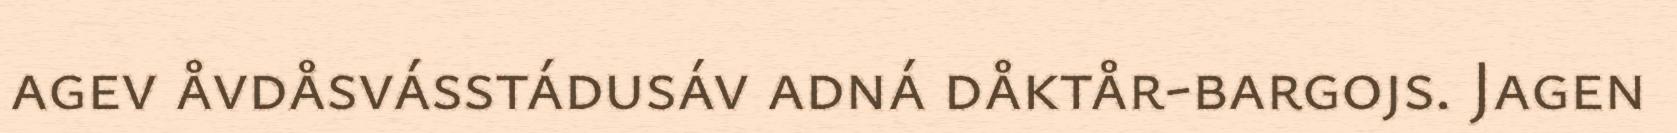
agev åvdåsvásstádusáv adná dåktår-bargojs. Jagen